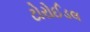
ટોરોઈડલ